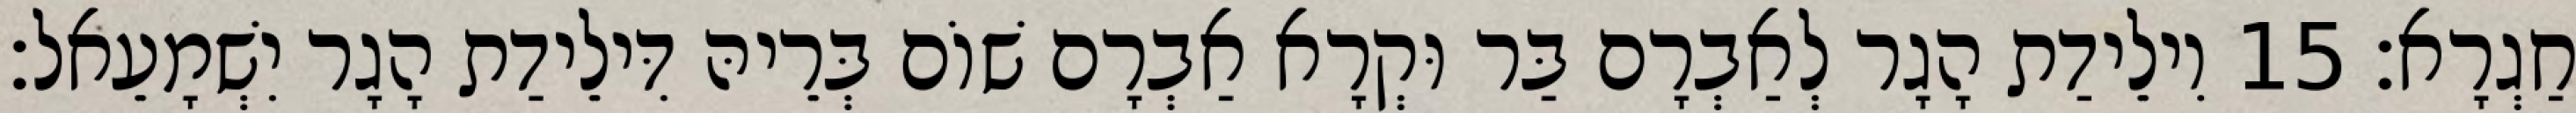
חַגְרָא׃ 15 וִילֵידַת הָגָר לְאַבְרָם בַּר וּקְרָא אַבְרָם שׁוֹם בְּרֵיהּ דִּילֵידַת הָגָר יִשְׁמָעֵאל׃